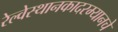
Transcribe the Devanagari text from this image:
रेल्वेस्थानकादरम्यानचे